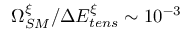
\Omega _ { S M } ^ { \xi } / \Delta E _ { t e n s } ^ { \xi } \sim 1 0 ^ { - 3 }